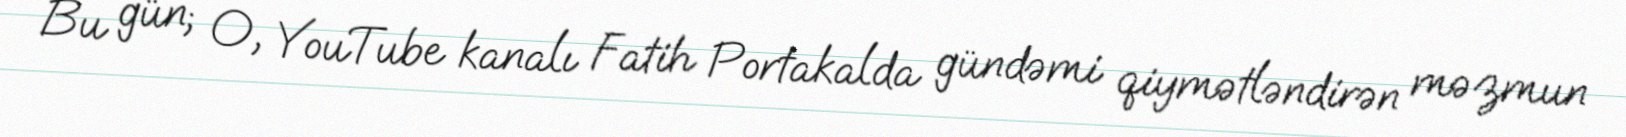
Bu gün; O, YouTube kanalı Fatih Portakalda gündəmi qiymətləndirən məzmun